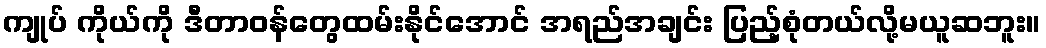
ကျုပ် ကိုယ်ကို ဒီတာဝန်တွေထမ်းနိုင်အောင် အရည်အချင်း ပြည့်စုံတယ်လို့မယူဆဘူး။